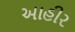
આહીર